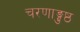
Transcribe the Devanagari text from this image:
चरणाङ्गुष्ठ